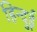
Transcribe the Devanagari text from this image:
हिन्दुई